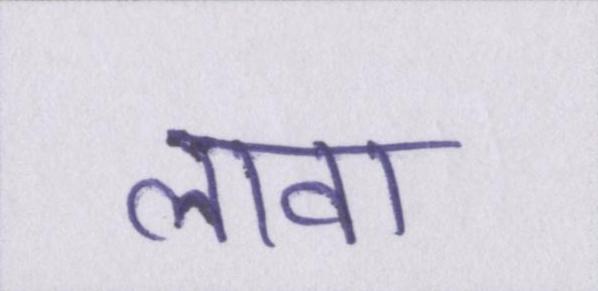
लावा